Indian journal of veterinary science and animal husbandry - Volume 5,
Year: 1935
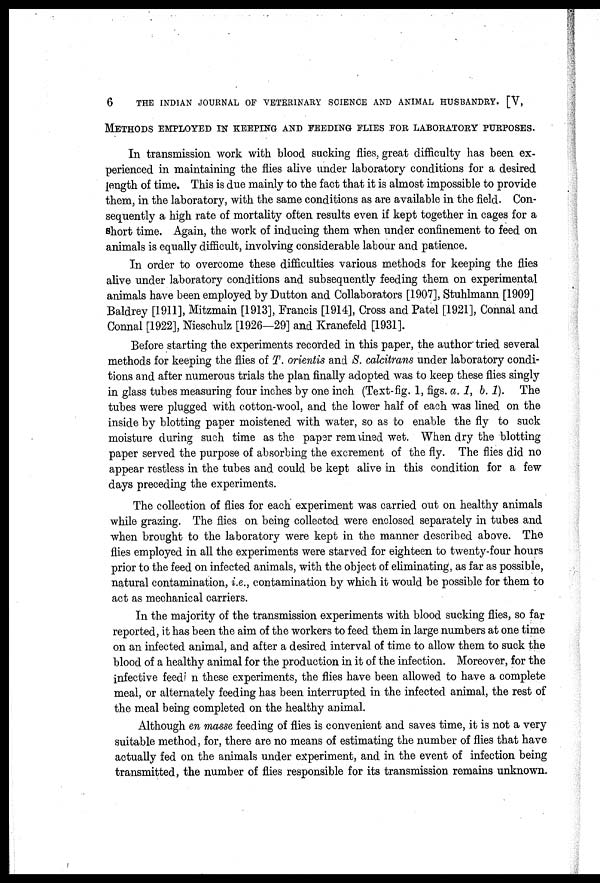
6
THE INDIAN JOURNAL OF VETERINARY SCIENCE AND ANIMAL HUSBANDRY. [V,
METHODS EMPLOYED IN KEEPING AND FEEDING FLIES FOR LABORATORY PURPOSES.
In transmission work with blood sucking flies, great difficulty has been ex-
perienced in maintaining the flies alive under laboratory conditions for a desired
length of time. This is due mainly to the fact that it is almost impossible to provide
them, in the laboratory, with the same conditions as are available in the field. Con-
sequently a high rate of mortality often results even if kept together in cages for a
short time. Again, the work of inducing them when under confinement to feed on
animals is equally difficult, involving considerable labour and patience.
In order to overcome these difficulties various methods for keeping the flies
alive under laboratory conditions and subsequently feeding them on experimental
animals have been employed by Dutton and Collaborators [1907], Stuhlmann [1909]
Baldrey [1911], Mitzmain [1913], Francis [1914], Cross and Patel [1921], Connal and
Connal [1922], Nieschulz [1926—29] and Kranefeld [1931].
Before starting the experiments recorded in this paper, the author' tried several
methods for keeping the flies of T. orientis and S. calcitrans under laboratory condi-
tions and after numerous trials the plan finally adopted was to keep these flies singly
in glass tubes measuring four inches by one inch (Text-fig. 1, figs. a. 1, b. 1). The
tubes were plugged with cotton-wool, and the lower half of each was lined on the
inside by blotting paper moistened with water, so as to enable the fly to suck
moisture during such time as the paper remained wet. When dry the blotting
paper served the purpose of absorbing the excrement of the fly. The flies did no
appear restless in the tubes and could be kept alive in this condition for a few
days preceding the experiments.
The collection of flies for each experiment was carried out on healthy animals
while grazing. The flies on being collected were enclosed separately in tubes and
when brought to the laboratory were kept in the manner described above. The
flies employed in all the experiments were starved for eighteen to twenty-four hours
prior to the feed on infected animals, with the object of eliminating, as far as possible,
natural contamination, i.e., contamination by which it would be possible for them to
act as mechanical carriers.
In the majority of the transmission experiments with blood sucking flies, so far
reported, it has been the aim of the workers to feed them in large numbers at one time
on an infected animal, and after a desired interval of time to allow them to suck the
blood of a healthy animal for the production in it of the infection. Moreover, for the
infective feed in these experiments, the flies have been allowed to have a complete
meal, or alternately feeding has been interrupted in the infected animal, the rest of
the meal being completed on the healthy animal.
Although en masse feeding of flies is convenient and saves time, it is not a very
suitable method, for, there are no means of estimating the number of flies that have
actually fed on the animals under experiment, and in the event of infection being
transmitted, the number of flies responsible for its transmission remains unknown.